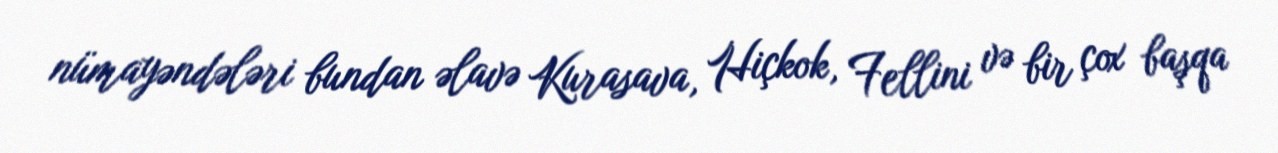
nümayəndələri bundan əlavə Kurasava, Hiçkok, Fellini və bir çox başqa